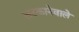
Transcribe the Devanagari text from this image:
लटकानेवाले